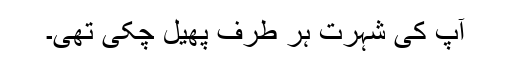
آپ کی شہرت ہر طرف پھیل چکی تھی۔